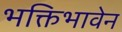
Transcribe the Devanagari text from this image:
भक्तिभावेन